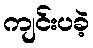
ကျင်းပခဲ့